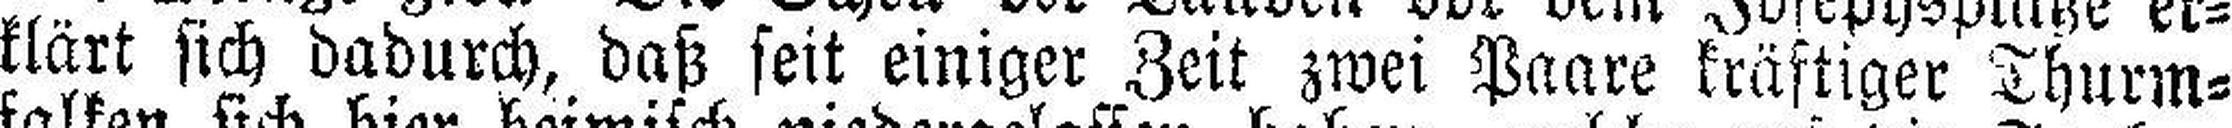
klärt sich dadurch, daß seit einiger Zeit zwei Paare kräftiger Thurm¬